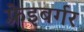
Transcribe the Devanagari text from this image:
फ़्रेइबर्गर